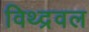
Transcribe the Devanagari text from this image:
विथ्द्रवल